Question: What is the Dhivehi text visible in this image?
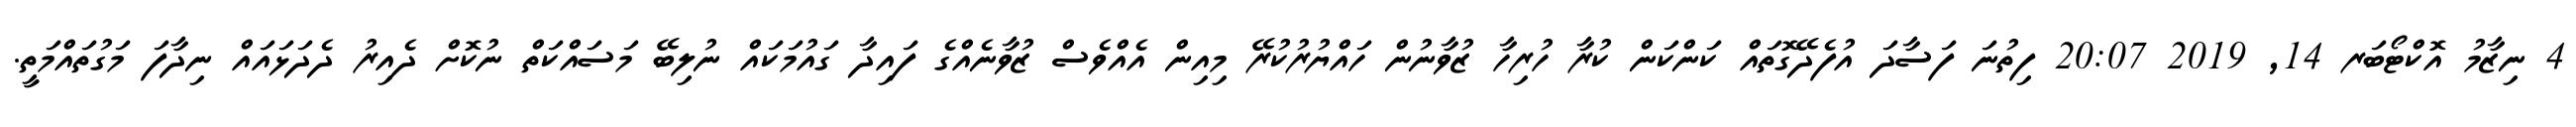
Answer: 4 ނިޒާމު އޮކްޓޯބަރ 14, 2019 20:07 ފިތުނަ ފަސާދަ އުފެދޭގޮތައް ކަންކަން ކުރާ ހުރިހާ ޒުވާނުން ހައްޔުރުކުރޭ މިއިން އެއްވެސް ޒުވާނެއްގެ ފައިދާ ގައުމަކައް ނުލިބޭ މަސައްކަތް ނުކޮށް ދެއިރު ދެދަޅައައް ނިދާފަ މަގުތައްމަތީ.